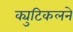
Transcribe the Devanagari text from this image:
क्युटिकलने